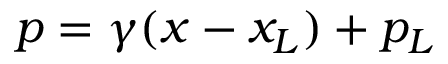
p = \gamma ( x - x _ { L } ) + p _ { L }